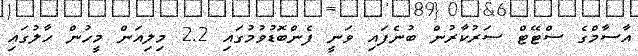
އާސާމްގެ ސްޓޭޓް ސަރުކާރުން ބުނެފައި ވަނީ ފެންބޮޑުވުމުގައި 2.2 މިލިއަން މީހުން ހާލުގައި